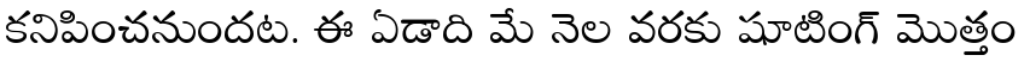
కనిపించనుందట. ఈ ఏడాది మే నెల వరకు షూటింగ్ మొత్తం